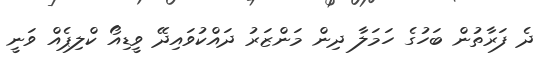
ދެ ފަރާތުން ބަހުގެ ހަމަލާ ދިން މަންޒަރު ދައްކުވައިދޭ ވީޑިއޯ ކްލިޕެއް ވަނީ